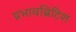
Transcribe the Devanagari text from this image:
प्रभावब्रिटिश